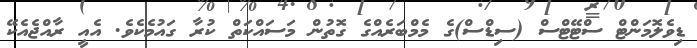
ޑިވެލޮމަންޓް ސްޓޭޓްސް (ސިޑްސް)ގެ މެމްބަރެއްގެ ގޮތުން މަސައްކަތް ކުރާ ގައުމެކެވެ. އެއީ ރާއްޖެއެކޭ